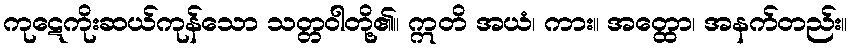
ကုဋေကိုးဆယ်ကုန်သော သတ္တဝါတို့၏။ ဣတိ အယံ၊ ကား။ အတ္ထော၊ အနက်တည်း။